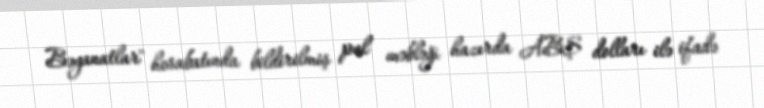
Bəyanatlar" hesabatında bildirilmiş pul məbləği hazırda ABŞ dolları ilə ifadə